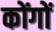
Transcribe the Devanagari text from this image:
कोंगों